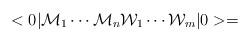
LaTeX: \begin{align*}<0| {\cal{M}}_{1} \cdots {\cal{M}}_{n} {\cal{W}}_{1} \cdots {\cal{W}}_{m}| 0> =\end{align*}